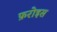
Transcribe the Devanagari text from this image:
फ़रोइस